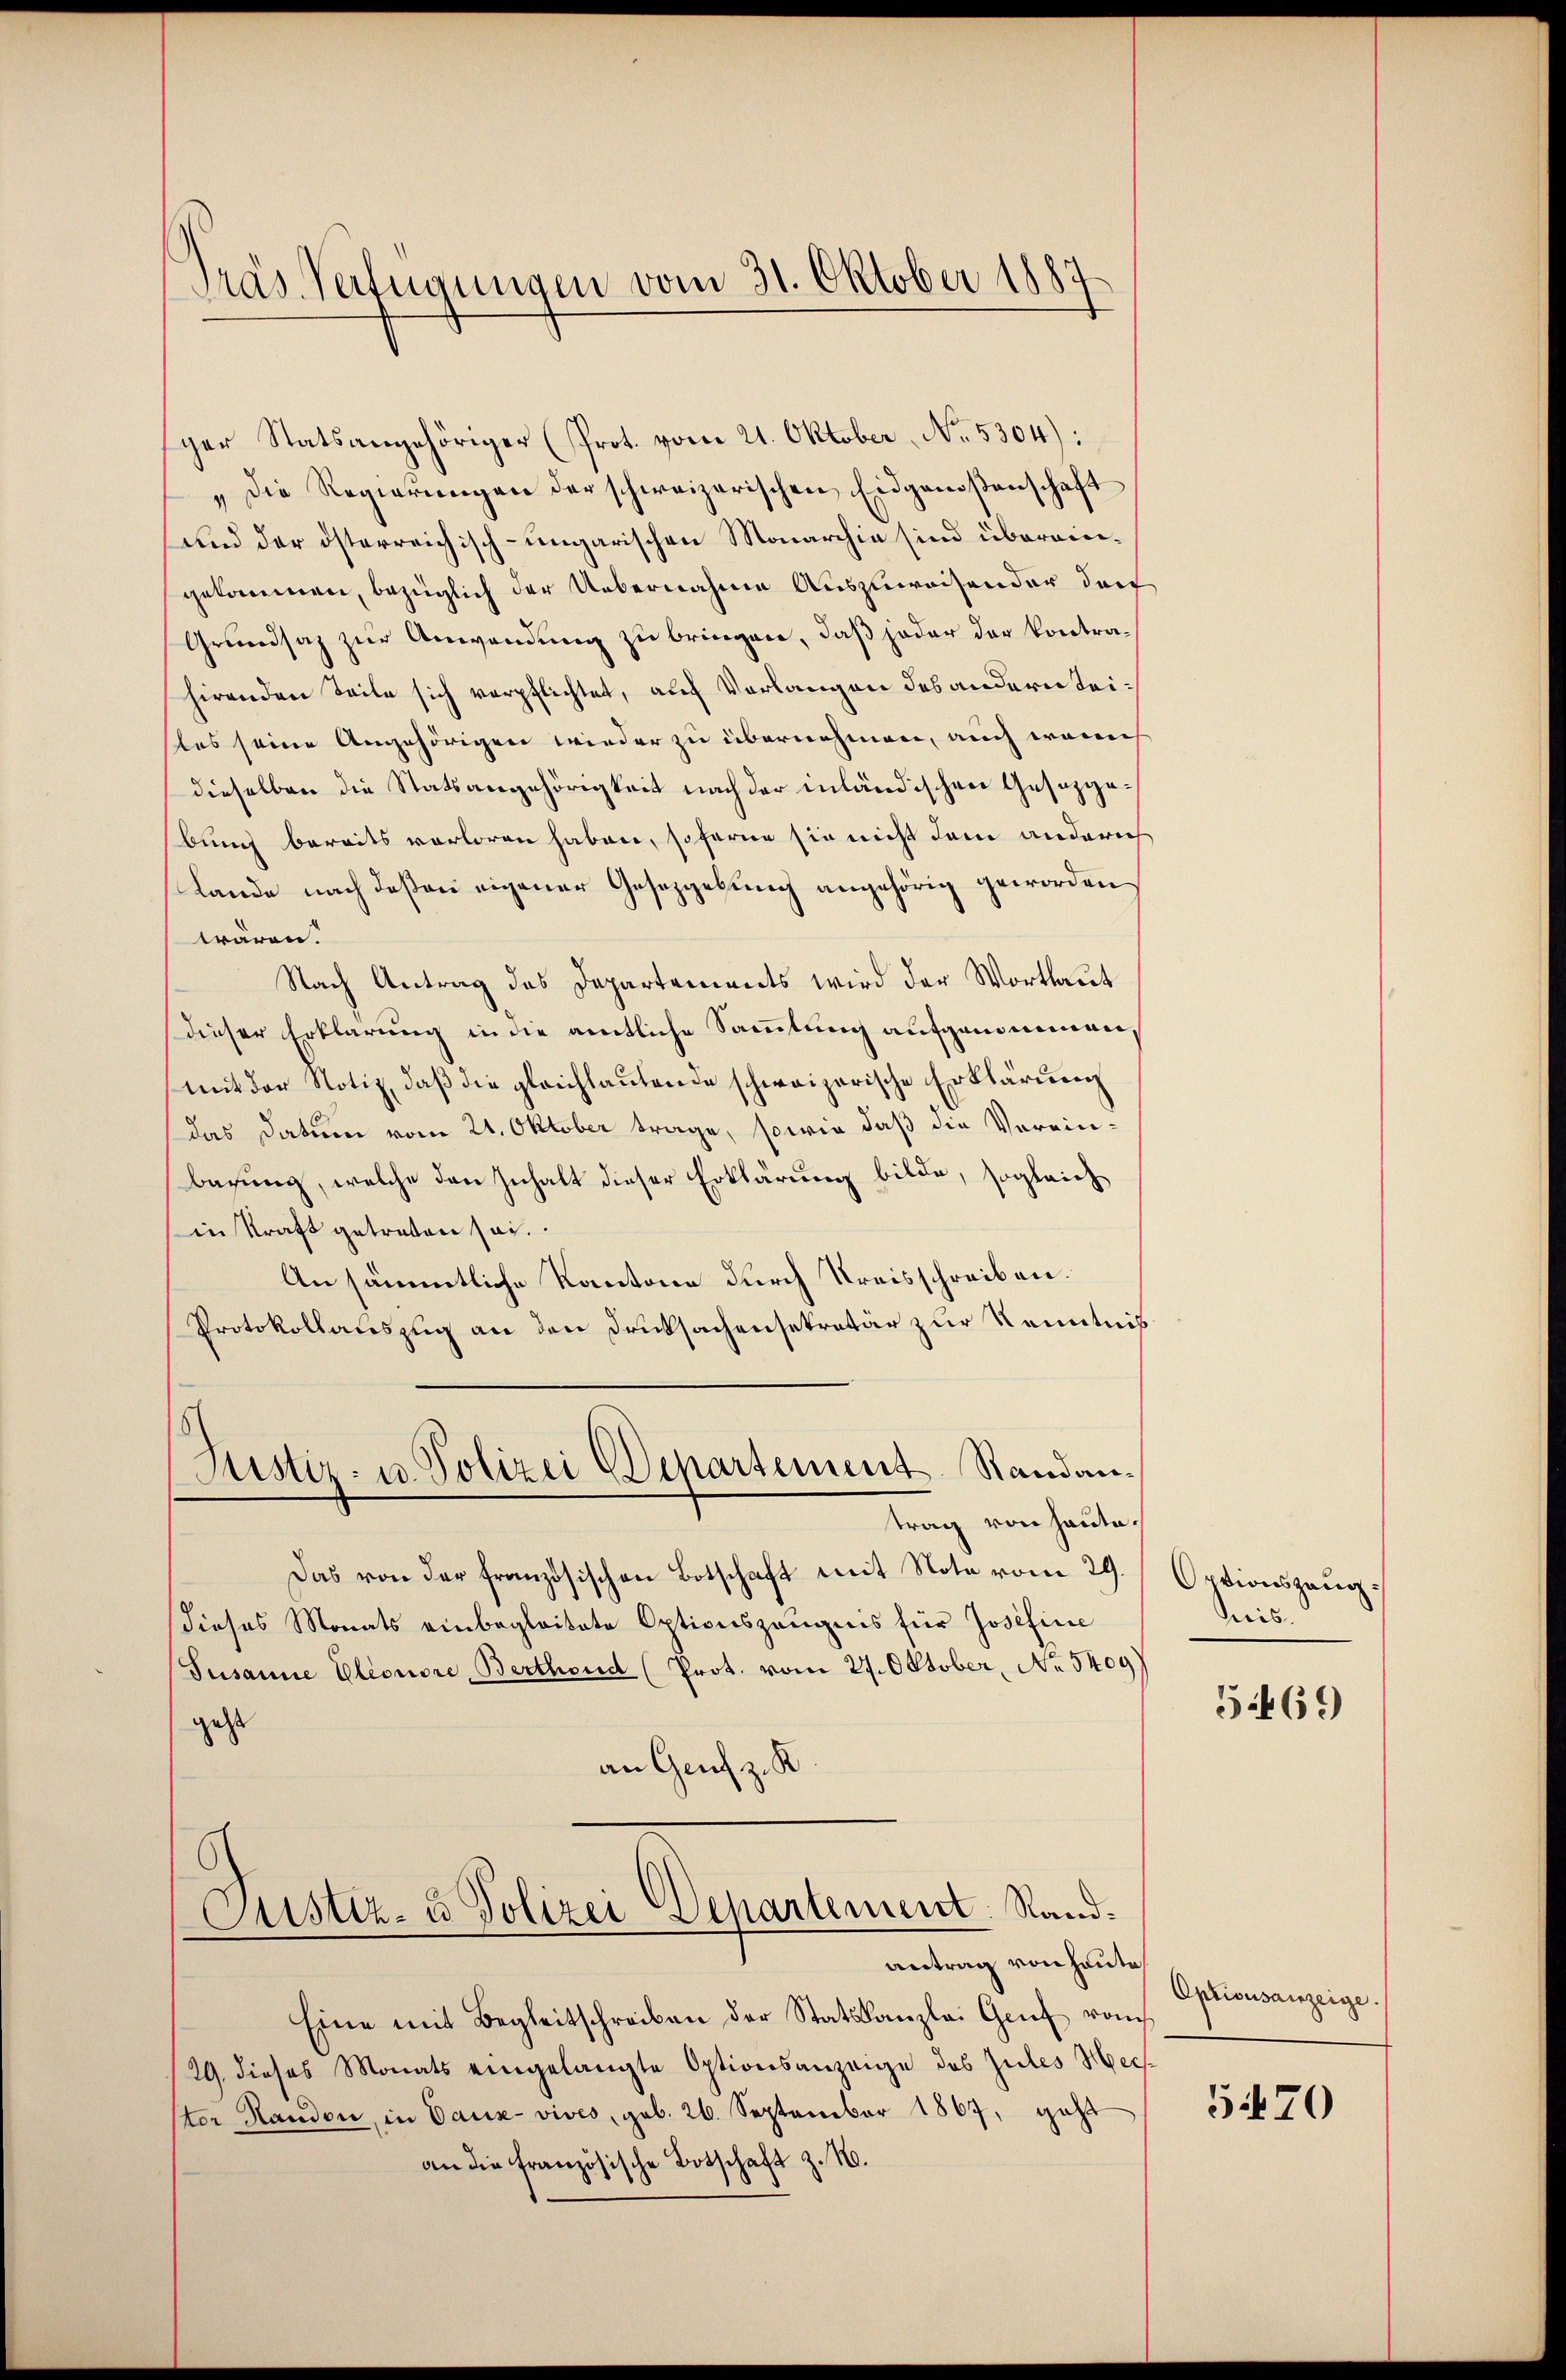
Pras Verfügungen vom 31. Oktober 1887

ger Statsangehöriger (Prot. vom 21. Oktober, No. 5304):
„Die Regierŭngen der schweizerischen Eidgenoßenschaft
und der österreichisch-ungarischen Monarchia sind übereingekommen, bezüglich der Uebernahme Auszuweisender den
Grundsaz zur Anwendung zu bringen, daß jeder der Kontrahirenden Seite sich verpflichtet, auf Verlangen des andern Teiles seine Angehörigen wieder zu übernehmen, auch warich
dieselben die Statsangehörigkeit nach der inländischen Gesetzgebung bereits verloren haben, soferne sie nicht dem anderich
Lande nach deßen eigener Gesetzgebung angehörig geworden,
wären.
Nach Antrag des Departements wird der Wortlaut
Dieser Erklärung in die amtliche Sammlung aufgenommen,
mit der Notiz, daß die gleichlautende schweizerische Erklärung
das Datum vom 21. Oktober trage, sowie daß die Vereinbagung, welche den Inhalt dieser Erklärung bilde, sogleich
in Kraft getreten sei.
An sämmtliche Kantone durch Kreisschreiben.
Protokollauszug an den Drucksachensekretär zur Kenntnis
Justiz- u. Polizei Departement. Standantrag von Haute.
Das von der französischen Botschaft mit Note vom 29.
dieses Monats einbegleitete Optionszeugnis für Josefinie
Susanne Eleonore Berthoud (Prot. vom 27. Oktober, No 5409)
geht
an Genf z. K

Custiz- u Polizei Departement. Sandantrag von heute

Optionszeug¬
Preis.

Eine mit Begleitschreiben der Statskanzlei Genf vom
29. dieses Monats eingelangte Optionsanzeige des Zules Meisster Handen, in Daux- vives, geb. 26. September 1867, geht
an die französische Botschaft z. N.

569

Optionsanzeige.

5470